Annual report on the working of the lock hospitals in the Central Provinces
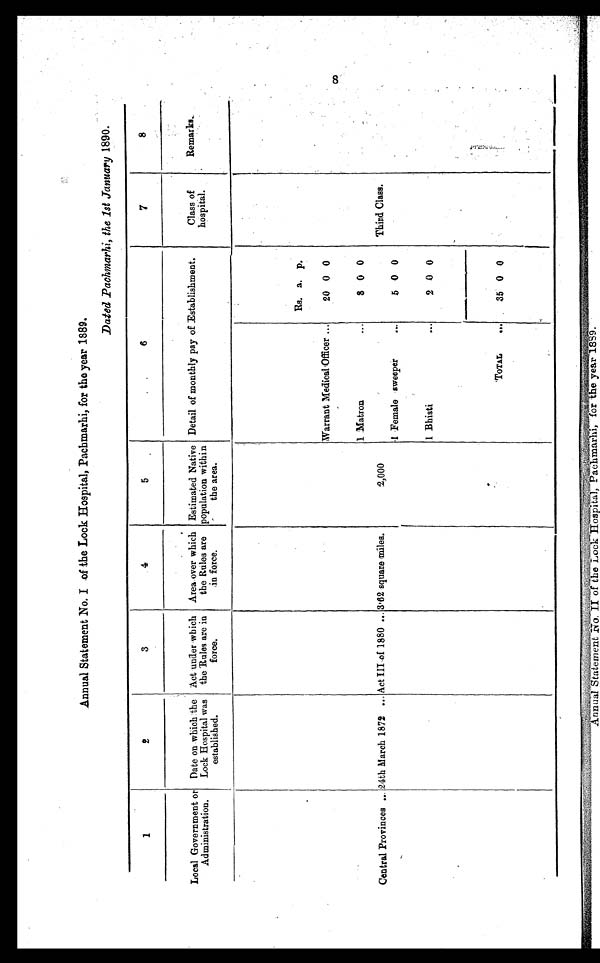
Annual Statement No. I of the Lock Hospital, Pachmarhi, for the year 1889.
Dated Pachmarhi, the 1st January 1890.
1
2
3
4
5
6
7
8
Local Government or
Administration.
Date on which . the
Lock Hospital was
established.
Act under which
the Rules are in
force.
Area over which
the Rules are
in force.
Estimated Native
population within
the area.
Detail of monthly pay of Establishment.
Class of
hospital.
Remarks.
Central Provinces ... 24th March 1872 ... Act III of 1880 ... 3·62 square miles.
2,000
Rs. a. p.
Third Class.
Warrant Medical Officer ...
20 0 0
1 Matron
...
8 0 0
1 Female sweeper
...
5 0 0
1 Bhisti
...
2 0 0
TOTAL
... 35 0 0